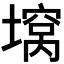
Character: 𫮪